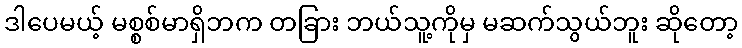
ဒါပေမယ့် မစ္စစ်မာရှိဘက တခြား ဘယ်သူ့ကိုမှ မဆက်သွယ်ဘူး ဆိုတော့